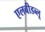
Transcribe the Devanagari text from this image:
एलबीडब्लू